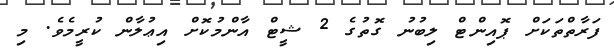
ފަރާތްތަކަށް ޕޮއިންޓް ލިބުނު ގޮތުގެ 2 ޝީޓް އާންމުކޮށް އިޢުލާން ކުރީމެވެ. މި